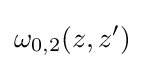
\omega _{0,2}(z,z')